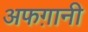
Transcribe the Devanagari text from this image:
अफग़ानी